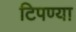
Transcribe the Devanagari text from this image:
टिपण्या